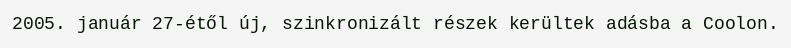
2005. január 27-étől új, szinkronizált részek kerültek adásba a Coolon.